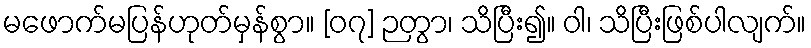
မဖောက်မပြန်ဟုတ်မှန်စွာ။ [၀၇] ဉတွာ၊ သိပြီး၍။ ဝါ၊ သိပြီးဖြစ်ပါလျက်။